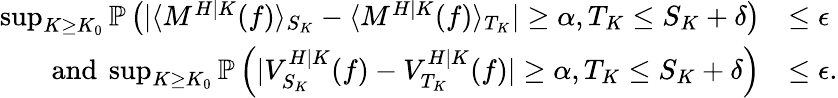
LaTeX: \begin{array}{rl}{\operatorname*{sup}_{K\geq K_{0}}\mathbb{P}\left(|\langle M^{H|K}(f)\rangle_{S_{K}}-\langle M^{H|K}(f)\rangle_{T_{K}}|\geq\alpha,T_{K}\leq S_{K}+\delta\right)}&{\leq\epsilon}\\ {\mathrm{and~}\operatorname*{sup}_{K\geq K_{0}}\mathbb{P}\left(|V_{S_{K}}^{H|K}(f)-V_{T_{K}}^{H|K}(f)|\geq\alpha,T_{K}\leq S_{K}+\delta\right)}&{\leq\epsilon.}\end{array}